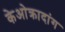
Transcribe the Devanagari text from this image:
केओक्रादांग